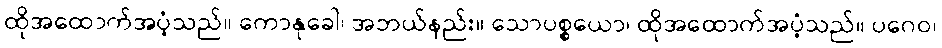
ထိုအထောက်အပံ့သည်။ ကောနုခေါ၊ အဘယ်နည်း။ သောပစ္စယော၊ ထိုအထောက်အပံ့သည်။ ပဂေဝ၊